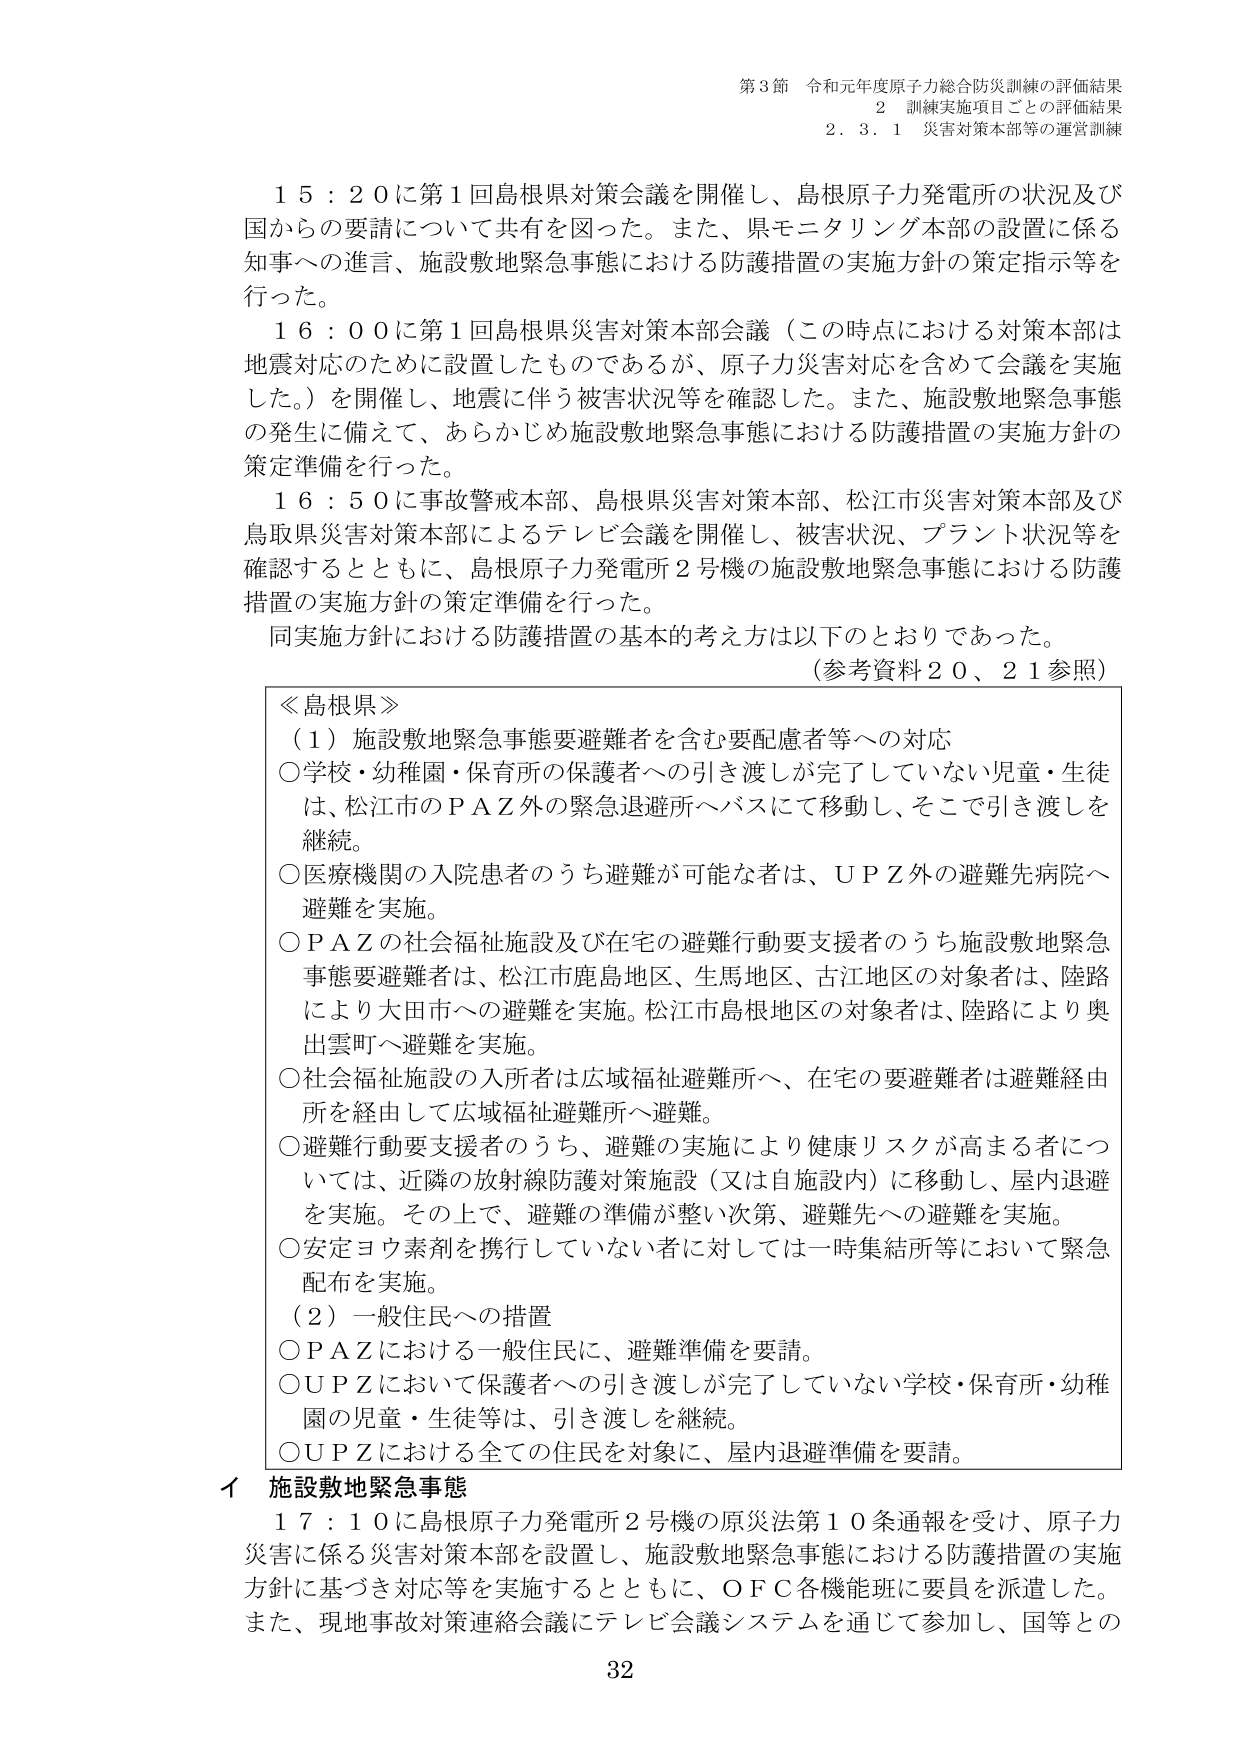
第3節 令和元年度原子力総合防災訓練の評価結果
2 訓練実施項目ごとの評価結果
2.3.1 災害対策本部等の運営訓練

15:20に第1回島根県対策会議を開催し、島根原子力発電所の状況及び国からの要請について共有を図った。また、県モニタリング本部の設置に係る知事への進言、施設敷地緊急事態における防護措置の実施方針の策定指示等を行った。

16:00に第1回島根県災害対策本部会議（この時点における対策本部は地震対応のために設置したものであるが、原子力災害対応を含めて会議を実施した。）を開催し、地震に伴う被害状況等を確認した。また、施設敷地緊急事態の発生に備えて、あらかじめ施設敷地緊急事態における防護措置の実施方針の策定準備を行った。

16:50に事故警戒本部、島根県災害対策本部、松江市災害対策本部及び鳥取県災害対策本部によるテレビ会議を開催し、被害状況、プラント状況等を確認するとともに、島根原子力発電所2号機の施設敷地緊急事態における防護措置の実施方針の策定準備を行った。

同実施方針における防護措置の基本的考え方は以下のとおりであった。
（参考資料20、21参照）

≪島根県≫
（1）施設敷地緊急事態要避難者を含む要配慮者等への対応
○学校・幼稚園・保育所の保護者への引き渡しが完了していない児童・生徒は、松江市のPAZ外の緊急退避所へバスにて移動し、そこで引き渡しを継続。
○医療機関の入院患者のうち避難が可能な者は、UPZ外の避難先病院へ避難を実施。
○PAZの社会福祉施設及び在宅の避難行動要支援者のうち施設敷地緊急事態要避難者は、松江市鹿島地区、生馬地区、古江地区の対象者は、陸路により大田市への避難を実施。松江市島根地区の対象者は、陸路により奥出雲町へ避難を実施。
○社会福祉施設の入所者は広域福祉避難所へ、在宅の要避難者は避難経由所を経由して広域福祉避難所へ避難。
○避難行動要支援者のうち、避難の実施により健康リスクが高まる者については、近隣の放射線防護対策施設（又は自施設内）に移動し、屋内退避を実施。その上で、避難の準備が整い次第、避難先への避難を実施。
○安定ヨウ素剤を携行していない者に対しては一時集結所等において緊急配布を実施。
（2）一般住民への措置
○PAZにおける一般住民に、避難準備を要請。
○UPZにおいて保護者への引き渡しが完了していない学校・保育所・幼稚園の児童・生徒等は、引き渡しを継続。
○UPZにおける全ての住民を対象に、屋内退避準備を要請。

イ 施設敷地緊急事態
17:10に島根原子力発電所2号機の原災法第10条通報を受け、原子力災害に係る災害対策本部を設置し、施設敷地緊急事態における防護措置の実施方針に基づき対応等を実施するとともに、OFC各機能班に要員を派遣した。また、現地事故対策連絡会議にテレビ会議システムを通じて参加し、国等との

32